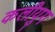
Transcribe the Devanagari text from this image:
कलीयुग